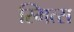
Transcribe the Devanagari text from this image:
स्मित्स